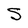
Character: S